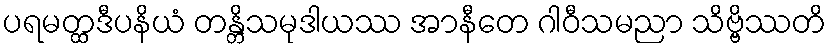
ပရမတ္ထဒီပနိယံ တန္တိသမုဒါယဿ အာနီတေ ဂါဝီသမညာ သိဗ္ဗိဿတိ